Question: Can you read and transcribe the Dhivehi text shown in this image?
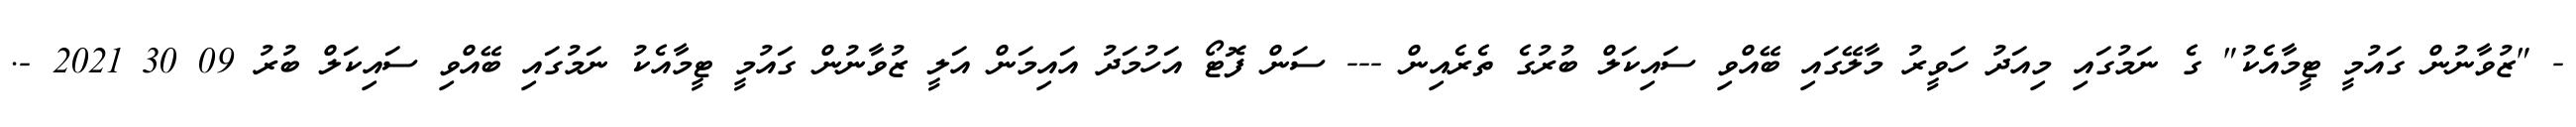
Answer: - "ޒުވާނުން ގައުމީ ޓީމާއެކު" ގެ ނަމުގައި މިއަދު ހަވީރު މާލޭގައި ބޭއްވި ސައިކަލް ބުރުގެ ތެރެއިން --- ސަން ފޮޓޯ އަހުމަދު އައިމަން އަލީ ޒުވާނުން ގައުމީ ޓީމާއެކު ނަމުގައި ބޭއްވި ސައިކަލް ބުރު 09 30 2021 -.